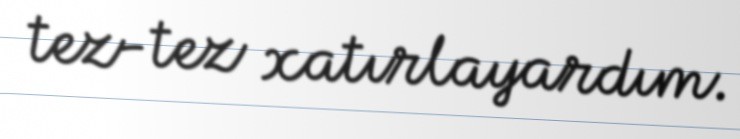
tez-tez xatırlayardım.